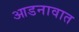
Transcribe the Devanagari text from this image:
आडनावात